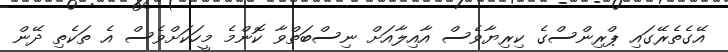
އޭގެތެރޭގައި ޕްރިންސްގެ ކިރިޔާވެސް އާއިލާއަށް ނިސްބަތްވާ ކޮންމެ މީހަކަށްވެސް އެ ތަކެތި ދޭން